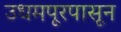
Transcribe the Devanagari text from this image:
उधमपूरपासून